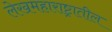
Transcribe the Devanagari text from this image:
लेखमहाराष्ट्रातील